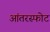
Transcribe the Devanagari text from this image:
आंतरस्फोट